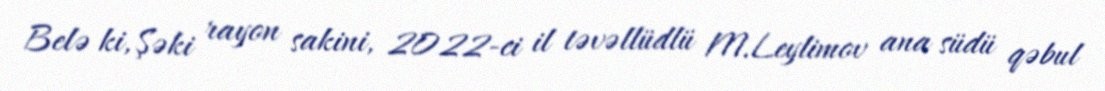
Belə ki, Şəki rayon sakini, 2022-ci il təvəllüdlü M.Leylimov ana südü qəbul